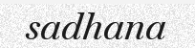
sadhana